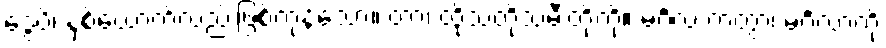
ဒွေပိ၊ နှစ်ယောက်လည်းဖြစ်ကုန်သော။ တာ၊ ထိုသတို့သမီးတို့ကို။ မင်္ဂလံ ကတွာ၊ မင်္ဂလာကို